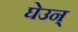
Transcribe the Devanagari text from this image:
घेउन्